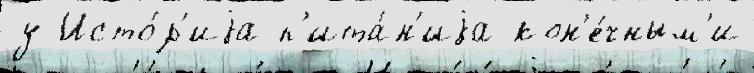
у Исто́р'иjа п'ита́н'иjа кон'е́чным'и